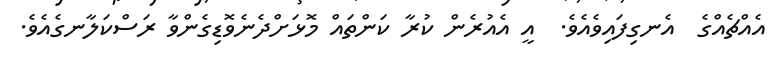
އެއްޗެއްގެ  އެނގިފައިވެއެވެ.  އީ އެއުރެން ކުރާ ކަންތައް މޮޅަށްދެނެވޮޑިގެންވާ ރަސްކަލާނގެއެވެ.